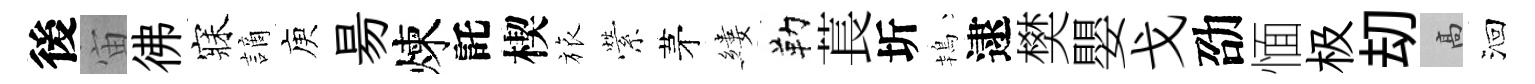
後宙彿寐謫庾昜煉託楔旅縈茅縷勒萇圻鴇逮樊嬰戈劭愐极刧高洄